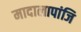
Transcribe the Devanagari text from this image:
मादालापांजि